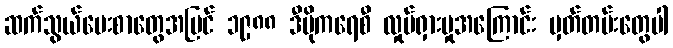
ဆက်သွယ်ပေးစာတွေအပြင် ၁၉၈၈ ဒီမိုကရေစီ လှုပ်ရှားမှုအကြောင်း မှတ်တမ်းတွေပါ